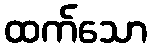
ထက်သော